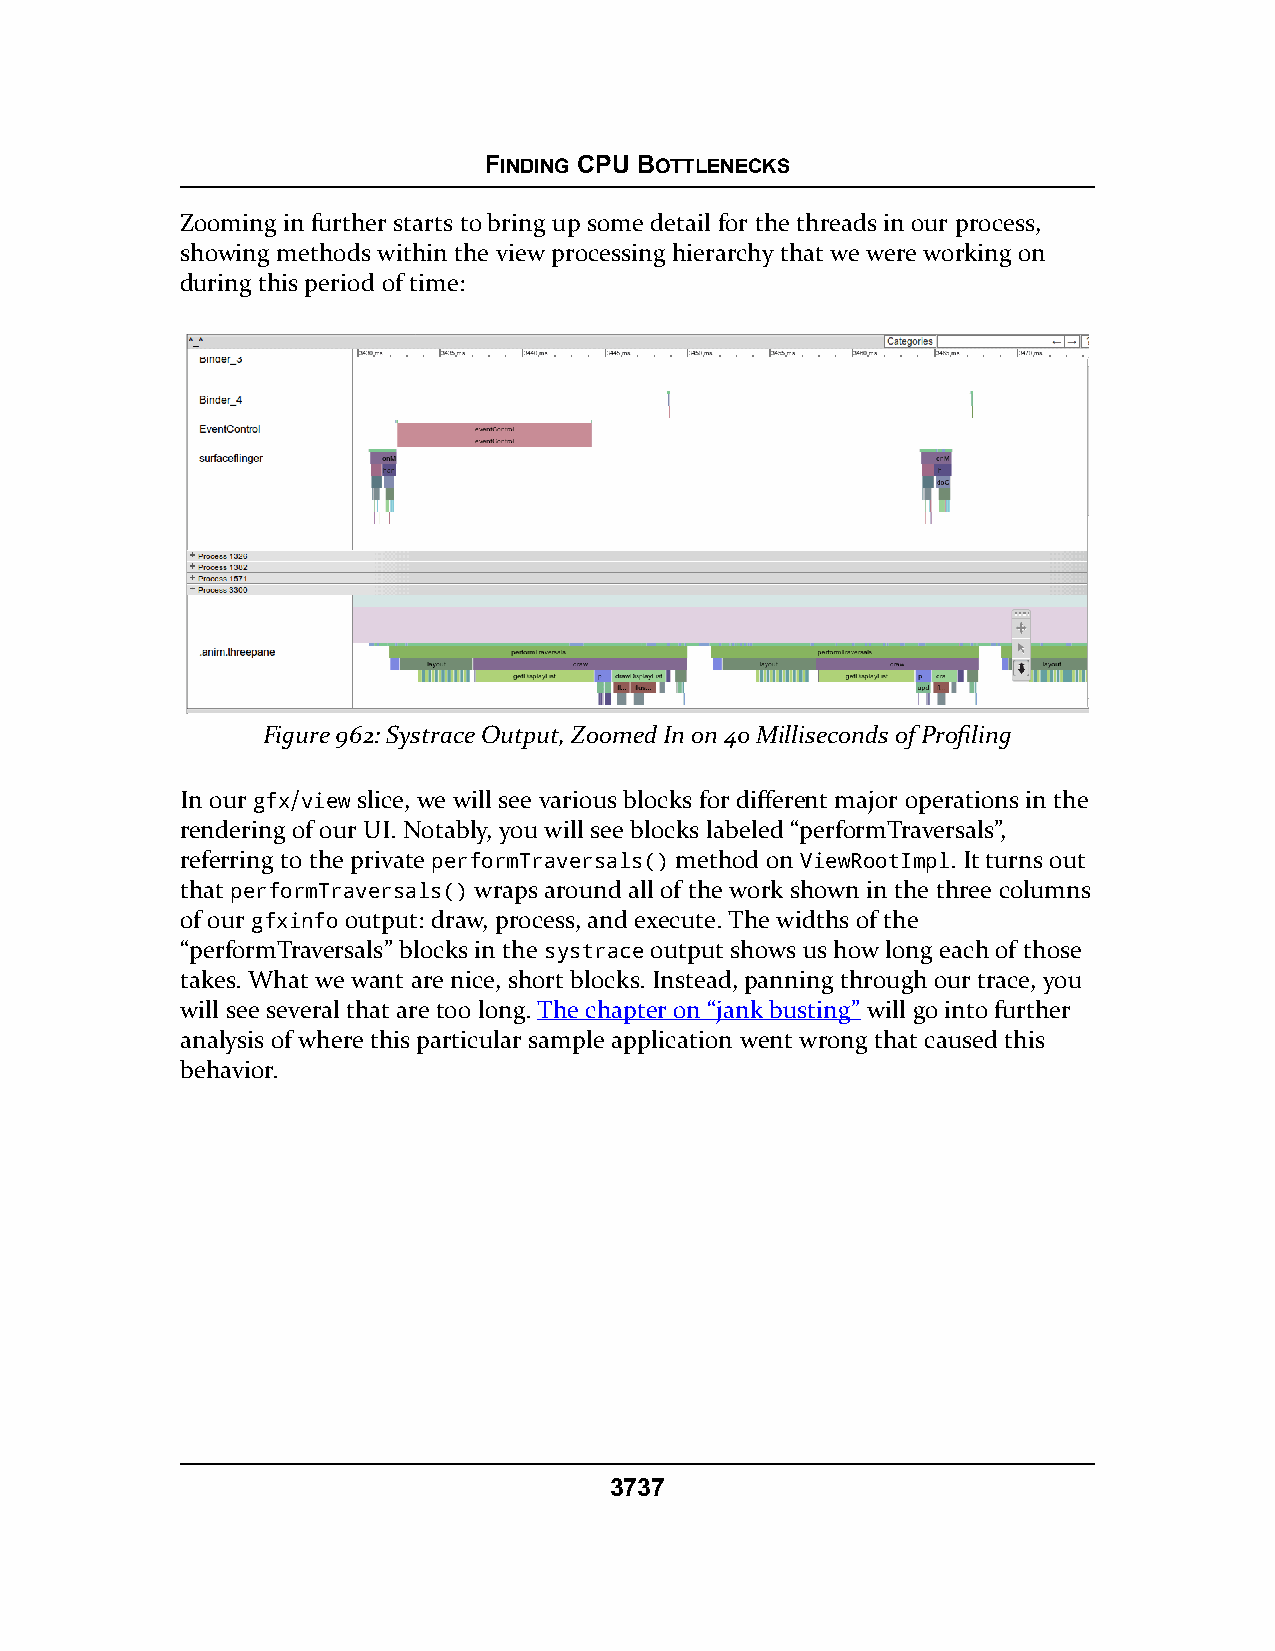
FINDING CPU BOTTLENECKS
 Zooming in further starts to bring up some detail for the threads in our process,
 showing methods within the view processing hierarchy that we were working on
 during this period of time:
 Figure 962: Systrace Output, Zoomed In on 40 Milliseconds of Profiling
 In our gfx/view slice, we will see various blocks for different major operations in the
 rendering of our UI. Notably, you will see blocks labeled “performTraversals”,
 referring to the private performTraversals() method on ViewRootImpl. It turns out
 that performTraversals() wraps around all of the work shown in the three columns
 of our gfxinfo output: draw, process, and execute. The widths of the
 “performTraversals” blocks in the systrace output shows us how long each of those
 takes. What we want are nice, short blocks. Instead, panning through our trace, you
 will see several that are too long. The chapter on “jank busting” will go into further
 analysis of where this particular sample application went wrong that caused this
 behavior.
 3737